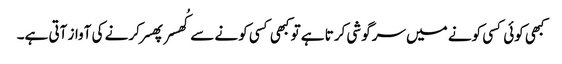
کبھی کوئی کسی کونے میں سرگوشی کرتا ہے تو کبھی کسی کونے سے کُھسر پھسر کرنے کی آواز آتی ہے۔